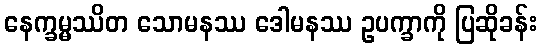
နေက္ခမ္မဿိတ သောမနဿ ဒေါမနဿ ဥပက္ခာကို ပြဆိုခန်း